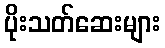
ပိုးသတ်ဆေးများ